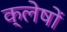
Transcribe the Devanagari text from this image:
क्लेषों